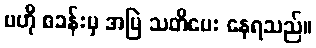
ဗဟို စခန်းမှ အမြဲ သတိပေး နေရသည်။